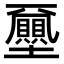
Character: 𡔈